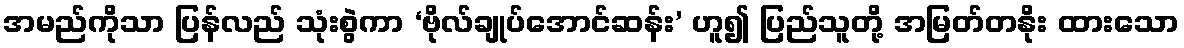
အမည်ကိုသာ ပြန်လည် သုံးစွဲကာ ‘ဗိုလ်ချုပ်အောင်ဆန်း’ ဟူ၍ ပြည်သူတို့ အမြတ်တနိုး ထားသော